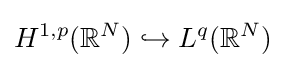
H^{1,p}(\mathbb {R} ^{N})\hookrightarrow L^{q}(\mathbb {R} ^{N})